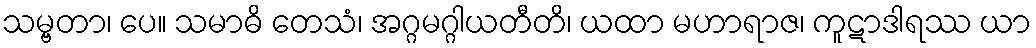
သမ္ဗတာ၊ ပေ။ သမာဓိ တေသံ၊ အဂ္ဂမဂ္ဂါယတီတိ၊ ယထာ မဟာရာဇ၊ ကူဋာဒါရဿ ယာ